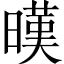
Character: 暵